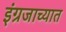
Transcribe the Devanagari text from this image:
इंग्रजाच्यात